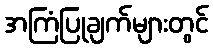
အကြံပြုချက်များတွင်